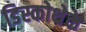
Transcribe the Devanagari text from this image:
डिस्कोथेके